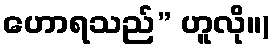
ဟောရသည်” ဟူလို။)